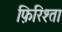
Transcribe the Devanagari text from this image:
फ़िरिश्ता